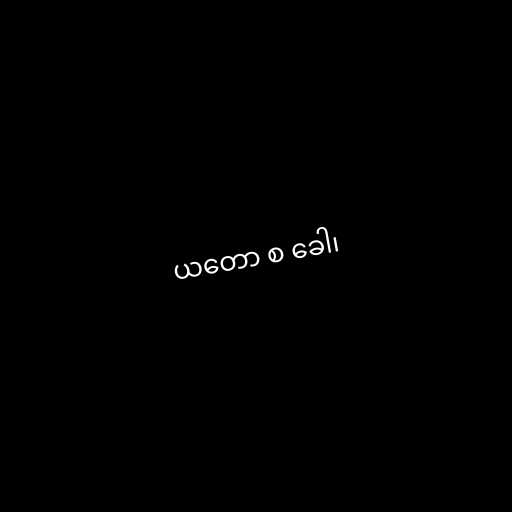
ယတော စ ခေါ၊